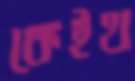
কেইথ